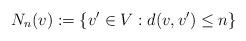
LaTeX: \begin{align*}N_n(v):=\{v'\in V:d(v,v')\leq n\}\end{align*}